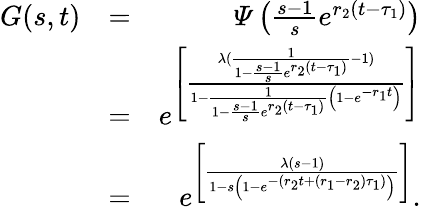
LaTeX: \begin{array}{rlr}{G(s,t)}&{=}&{\varPsi\left(\frac{s-1}{s}e^{r_{2}(t-\tau_{1})}\right)}\\ &{=}&{e^{\left[\frac{\lambda(\frac{1}{1-\frac{s-1}{s}e^{r_{2}(t-\tau_{1})}}-1)}{1-\frac{1}{1-\frac{s-1}{s}e^{r_{2}(t-\tau_{1})}}\left(1-e^{-r_{1}t}\right)}\right]}}\\ &{=}&{e^{\left[\frac{\lambda(s-1)}{1-s\left(1-e^{-(r_{2}t+(r_{1}-r_{2})\tau_{1})}\right)}\right]}.}\end{array}